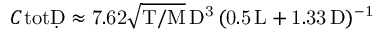
C _ { Ḋ } \mathrm { t o t Ḍ \approx 7 . 6 2 \sqrt { T / M } \, D ^ { 3 } \, ( 0 . 5 \, L + 1 . 3 3 \, D ) ^ { - 1 } }